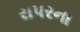
રાપરના